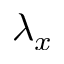
\lambda _ { x }